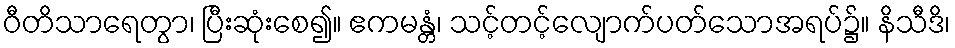
ဝီတိသာရေတွာ၊ ပြီးဆုံးစေ၍။ ဧကမန္တံ၊ သင့်တင့်လျောက်ပတ်သောအရပ်၌။ နိသီဒိ၊